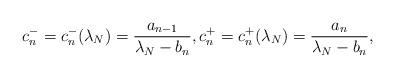
LaTeX: \begin{align*} c_n^- = c_n^-(\lambda_N) = \frac{a_{n-1}}{\lambda_N-b_n}, c_n^+ = c_n^+(\lambda_N) = \frac{a_n}{\lambda_N-b_n}, \end{align*}